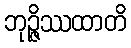
ဘုဉ္ဇိဿထာတိ